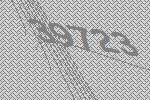
39723